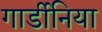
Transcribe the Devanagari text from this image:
गार्डीनिया